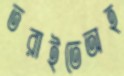
তরাইতেঅহ